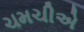
ચમચીએ